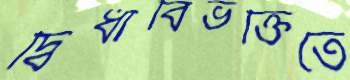
দ্বিধাবিভক্তিতে